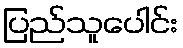
ပြည်သူပေါင်း